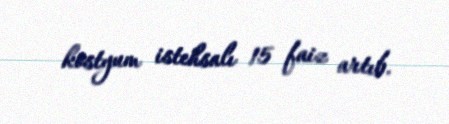
kostyum istehsalı 15 faiz artıb.